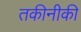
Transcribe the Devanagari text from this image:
तकीनीकी